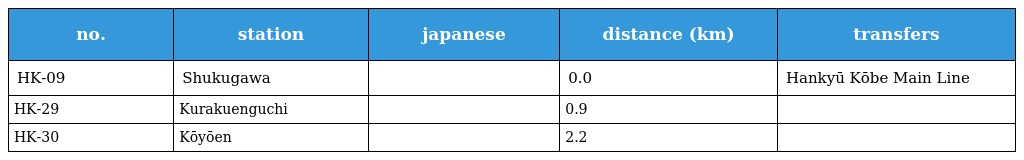
| no. | station | japanese | distance (km) | transfers |
 | --- | --- | --- | --- | --- |
 | HK-09 | Shukugawa | 夙川 | 0.0 | Hankyū Kōbe Main Line |
 | HK-29 | Kurakuenguchi | 苦楽園口 | 0.9 |  |
 | HK-30 | Kōyōen | 甲陽園 | 2.2 |  |